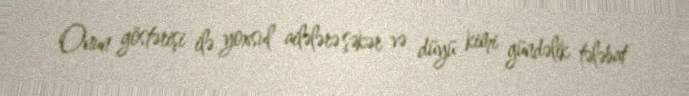
Onun göstərişi ilə yoxsul ailələrə şəkər və düyü kimi gündəlik tələbat